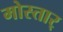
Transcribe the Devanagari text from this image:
मोस्तार्